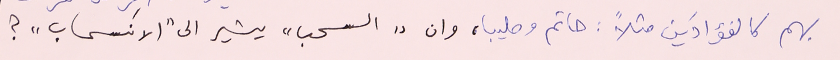
بهم كالفؤادَين مثلاً : حاتم وصليبا، وان "السحب" يشير الى "الآنسحاب"؟